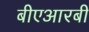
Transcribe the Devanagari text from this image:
बीएआरबी